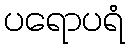
ပရောပရံ